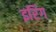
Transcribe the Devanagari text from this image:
इरिंग